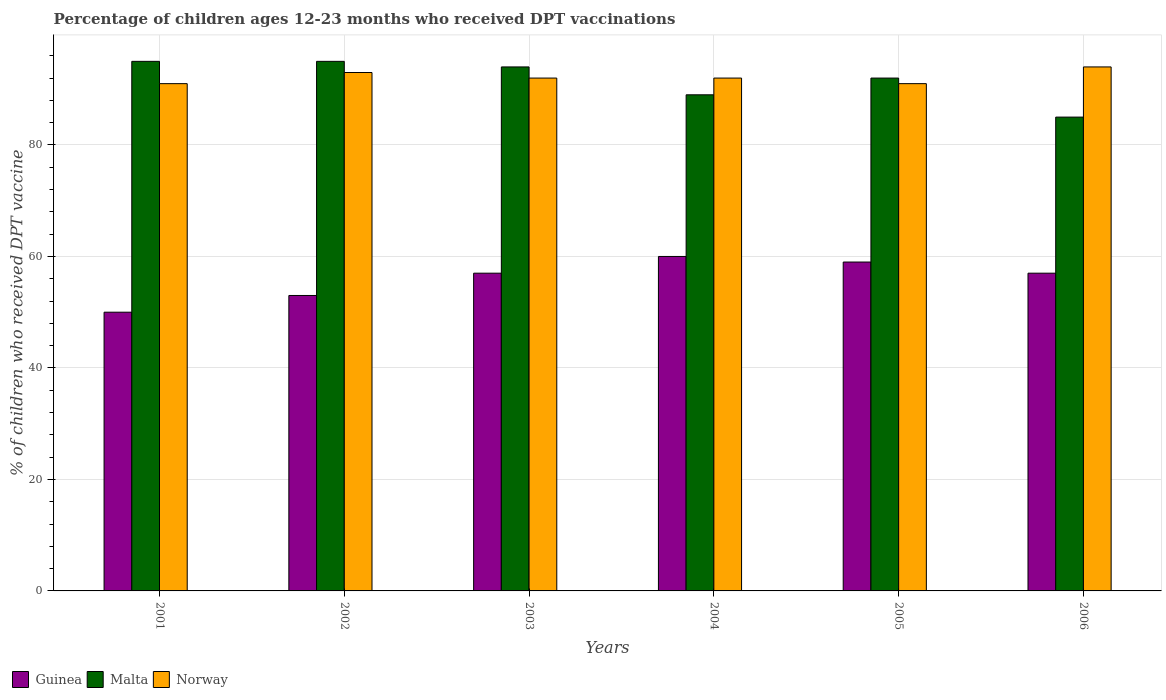
| Years | Guinea | Malta | Norway |
 | --- | --- | --- | --- |
 | 2001 | 50 | 95 | 91 |
 | 2002 | 53 | 95 | 93 |
 | 2003 | 57 | 94 | 92 |
 | 2004 | 60 | 89 | 92 |
 | 2005 | 59 | 92 | 91 |
 | 2006 | 57 | 85 | 94 |